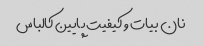
نان بیات و کیفیت پایین کالباس